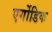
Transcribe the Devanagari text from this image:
एर्गोडिक